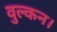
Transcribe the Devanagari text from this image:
वुल्कन।